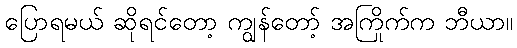
ပြောရမယ် ဆိုရင်တော့ ကျွန်တော့် အကြိုက်က ဘီယာ။